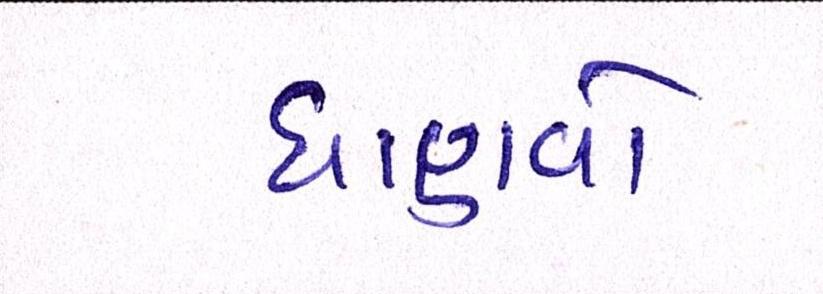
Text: ઘાણવો